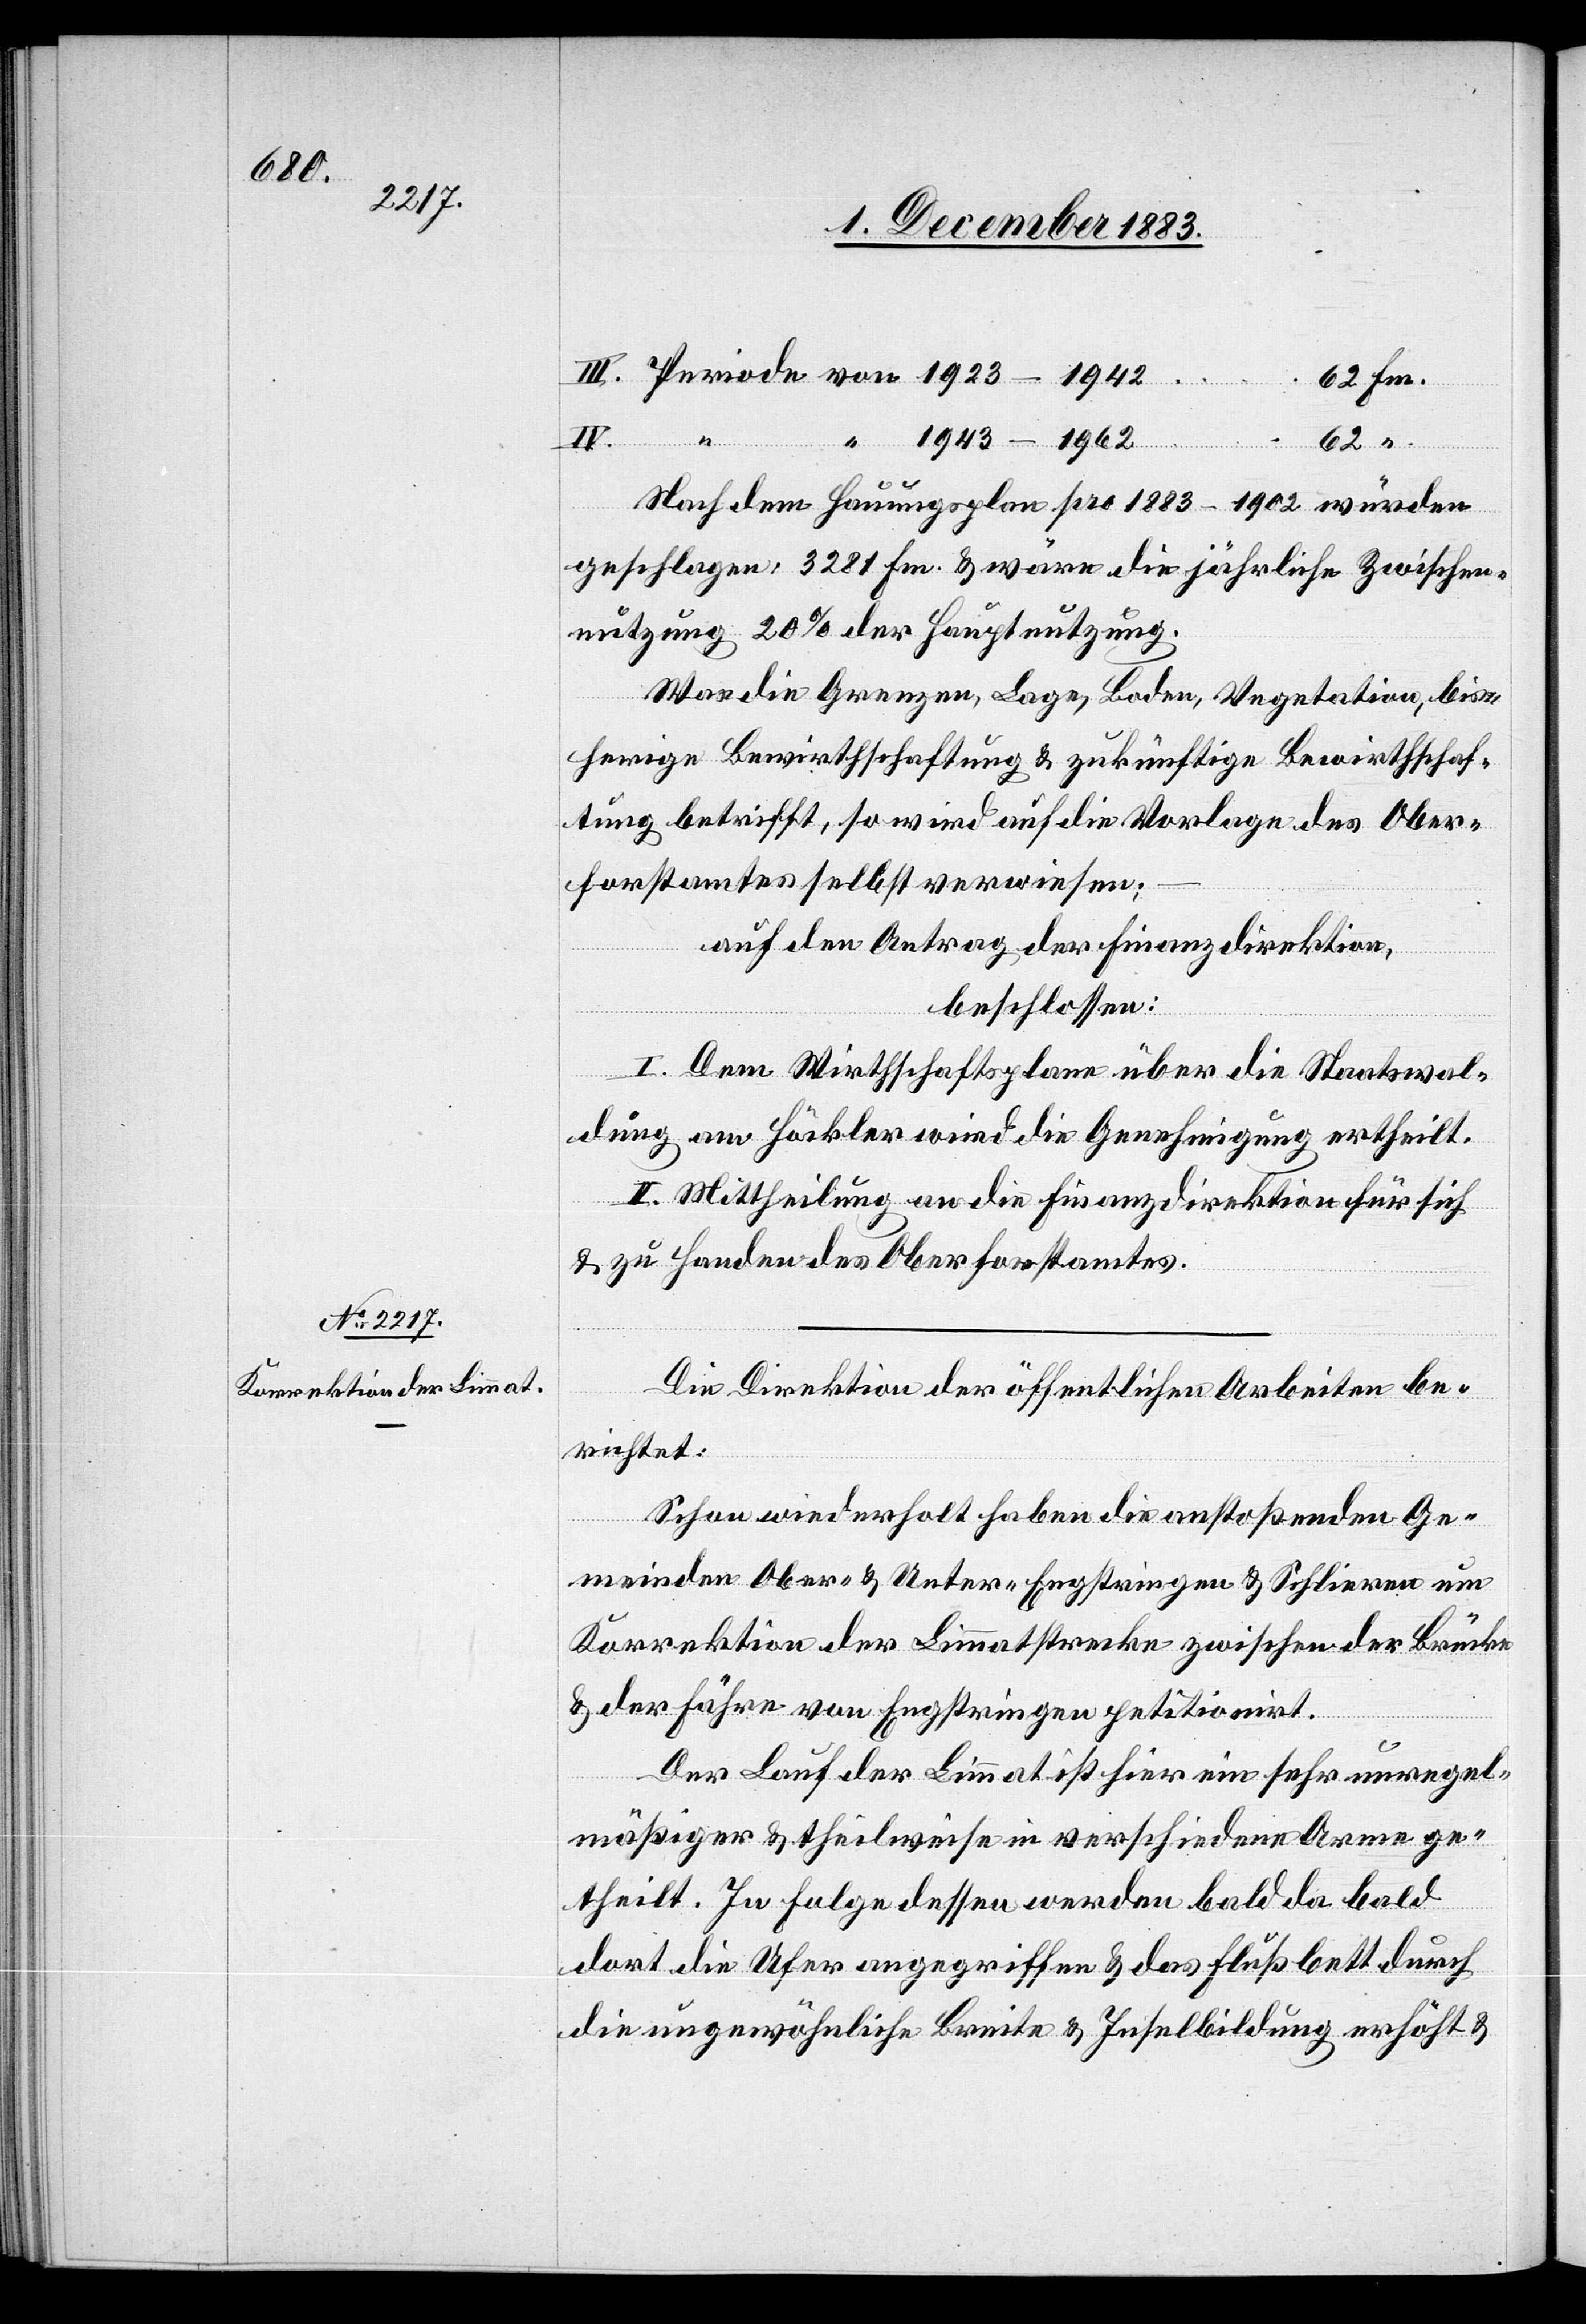
III.

IV.
1943–1962
62
Nach dem Hauungsplan pro 1883–1902 würden
geschlagen: 3281 Fm. & wäre die jährliche Zwischen¬
nutzung 20% der Hauptnutzung.
Was die Grenzen, Lage, Boden, Vegetation, bis¬
herige Bewirthschaftung & zukünftige Bewirthschaf¬
tung betrifft, so wird auf die Vorlage des Ober¬
forstamtes selbst verwiesen;
auf den Antrag der Finanzdirektion,
beschlossen:
I. Dem Wirthschaftsplane über die Staatswal¬
dung am Höckler wird die Genehmigung ertheilt.
II. Mittheilung an die Finanzdirektion für sich
& zu Handen des Oberforstamtes.
Die Direktion der öffentlichen Arbeiten be¬
richtet:
Schon wiederholt haben die anstoßenden Ge¬
meinden Ober- & Unter-Engstringen & Schlieren um
Korrektion der Limmatstrecke zwischen der Brücke
& der Fähre von Engstringen petitionirt.
von
Der Lauf der Limmat ist hier ein sehr unregel¬
mäßiger & theilweise in verschiedene Arme ge¬
theilt. In Folge dessen werden bald da bald
dort die Ufer angegriffen & das Flußbett durch
die ungewöhnliche Breite & Inselbildung erhöht &